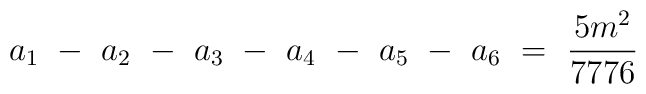
a_1 ~-~ a_2 ~-~ a_3 ~-~ a_4 ~-~ a_5 ~-~ a_6 ~=~ \frac{5m^2}{7776}